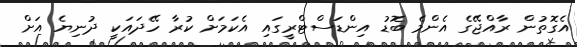
އެގޮތުން ރާއްޖޭގެ އެންމެ ބޮޑު އިންޑަސްޓްރީގައި އެކަމަށް ކުރާ ހޭދައަކީ ދުނިޔެ އަށް